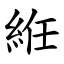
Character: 絍